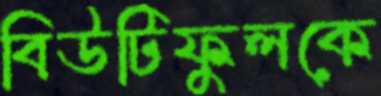
বিউটিফুলকে